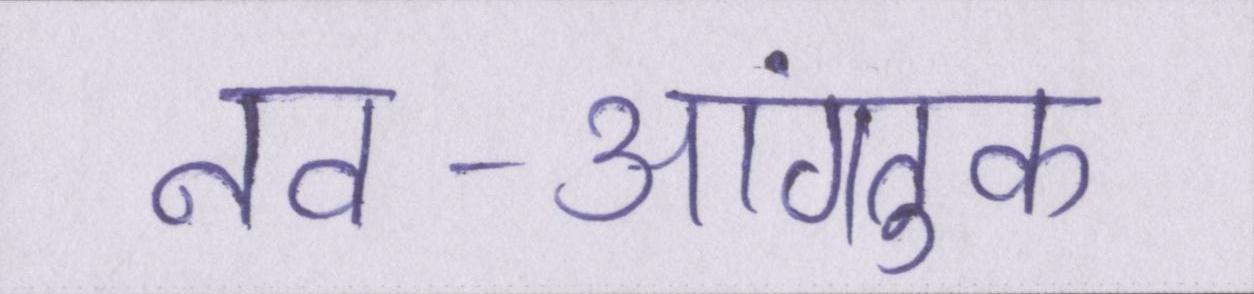
नव-आगंतुक